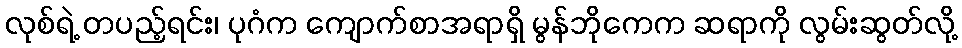
လုစ်ရဲ့ တပည့်ရင်း၊ ပုဂံက ကျောက်စာအရာရှိ မွန်ဘိုကေက ဆရာကို လွမ်းဆွတ်လို့